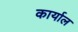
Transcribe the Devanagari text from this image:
कार्याल